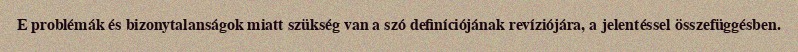
E problémák és bizonytalanságok miatt szükség van a szó definíciójának revíziójára, a jelentéssel összefüggésben.